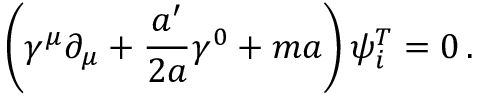
\left( \gamma ^ { \mu } \partial _ { \mu } + \frac { a ^ { \prime } } { 2 a } \gamma ^ { 0 } + m a \right) \psi _ { i } ^ { T } = 0 \, .